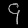
Digit: ၄